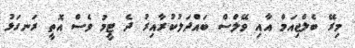
މިރޭ ބެލްޖިއަމް އާއި ވޭލްސް ބައްދަލުކުރާއިރު ދެ ޓީމު ވެސް އޮތީ ރަނގަޅު